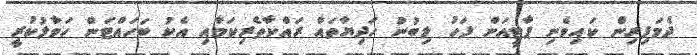
ދެމަފިރިން ކައިވެނި ޕާޓީއަށް ފަހު ލިބުނު ހަދިޔާތައް ރައްކާތެރިކަމާއި އެކު ބަހައްޓަން ހަވާލުކުރީ